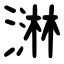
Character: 㵉